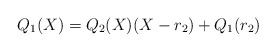
\begin{align*}Q_1(X) = Q_2(X) (X - r_2) + Q_1(r_2)\end{align*}